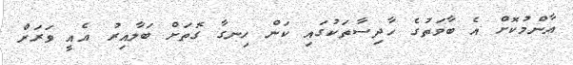
އާންމުކޮށް އެ ބާވަތުގެ ހާދިސާތަކުގައި ކަން ހިނގާ ގޮތަށް ބަލާއިރު އެއީ ވަރަށް